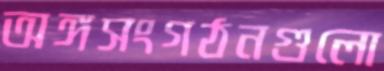
অঙ্গসংগঠনগুলো